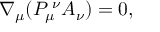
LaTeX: \nabla _ { \mu } ( P _ { \mu } ^ { \; \nu } A _ { \nu } ) = 0 ,